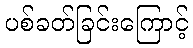
ပစ်ခတ်ခြင်းကြောင့်